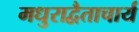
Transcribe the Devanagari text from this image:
मधुराद्वैताचार्य